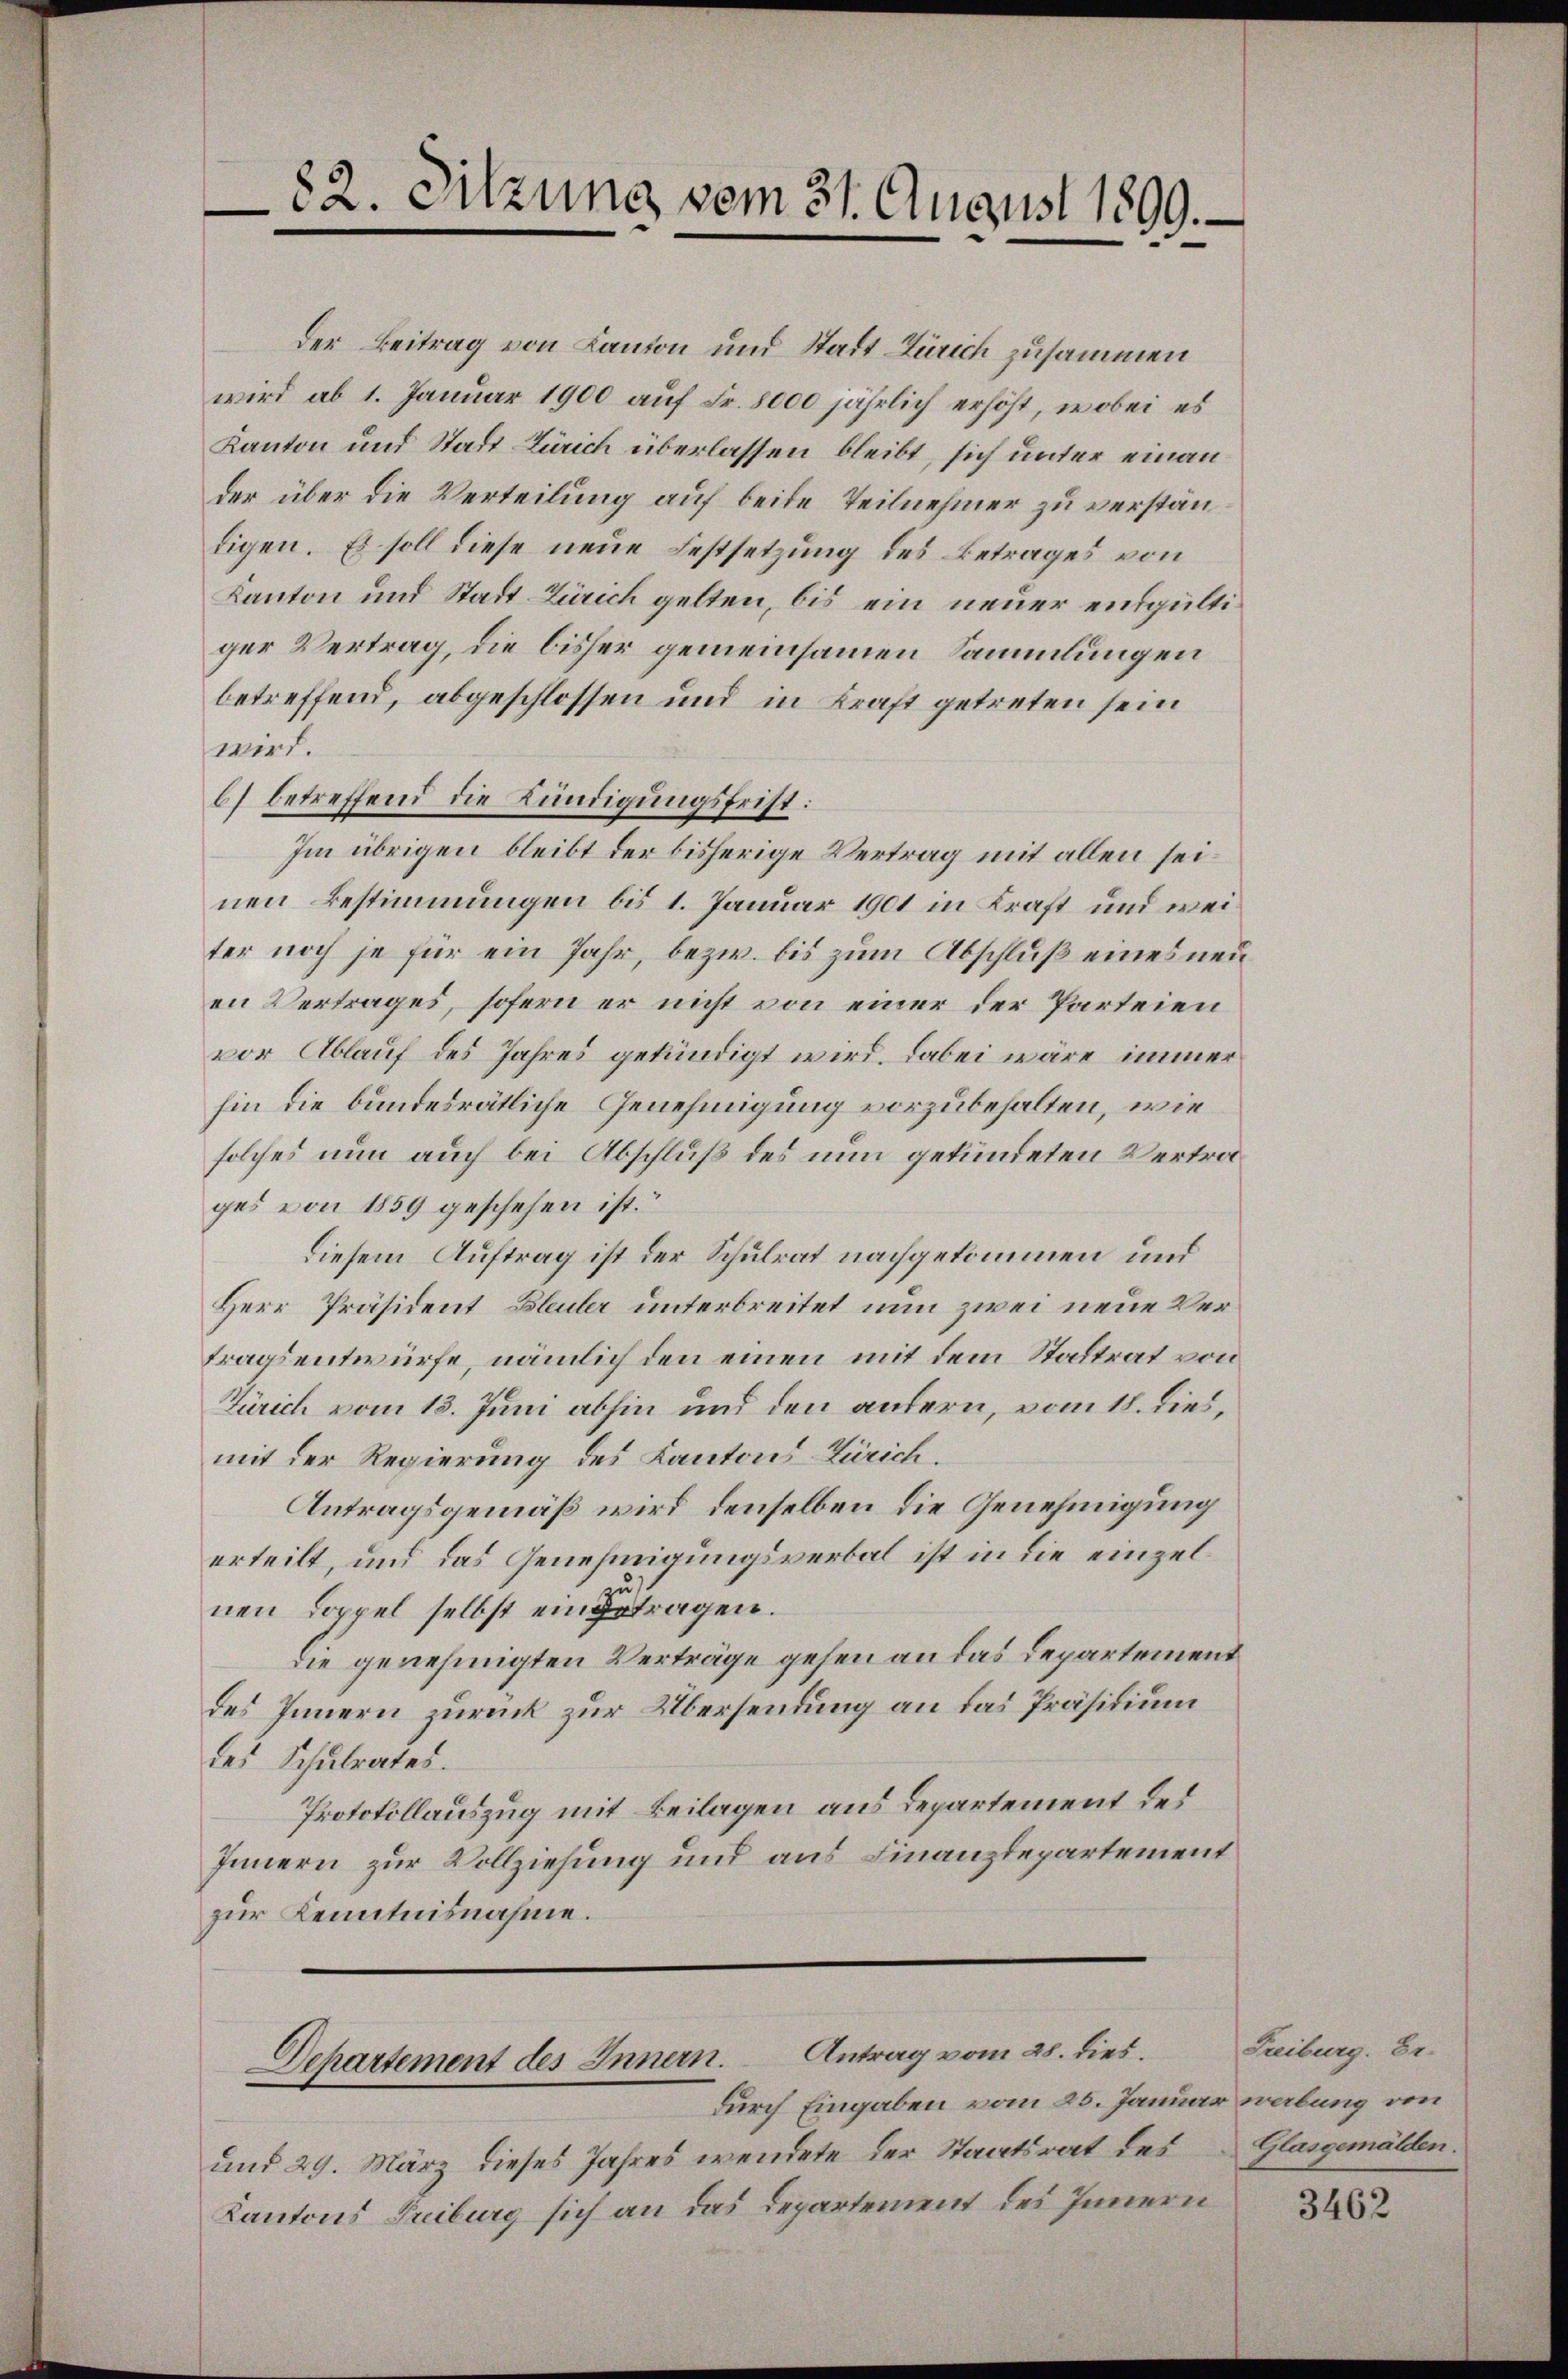
82. Sitzung vom 31. August 1899.

Der Beitrag von Kanton und Stadt Zürich zusammen
wird ab 1. Januar 1900 auf Fr. 8000 jährlich erhöht, wobei es
Kanton und Stadt Zürich überlassen bleibt, sich unter einan
der über die Verteilung auf beite Teilnehmer zu verstäntigen. Es soll diese neue Festsetzung des Betrages von
Kanton und Stadt Zürich gelten, bis ein neuer entgültiger Vertrag, die bisher gemeinsamen Sammlungen
betreffend, abgeschlossen und in Kraft getreten sein
wird.
b) betreffend die Kündigungsfrist:
Im übrigen bleibt der bisherige Vertrag mit allen seinen Bestimmungen bis 1. Januar 1901 in Kraft und weiter noch je für ein Jahr, bezw. bis zum Abschluß eines neu
en Vertrages, sofern er nicht von einer der Parteien
vor Ablauf des Jahres gekündigt wird. Dabei wäre immer
hin die bundesrätliche Genehmigung vorzubehalten, wie
solches nun auch bei Abschluß des nun gekündeten Vertrages von 1859 geschehen ist.“
Diesem Auftrag ist der Schulrat nachgekommen und
Herr Präsident Bleuler unterbreitet nun zwei neue Vertragsentwürfe, nämlich den einen mit dem Stadtrat von
Zürich vom 13. Juni abhin und den andern, vom 18. dies,
mit der Regierung des Kantons Zürich.
Antragsgemäß wird denselben die Genehmigung
erteilt, und das Genehmigungsverbal ist in die einzelnen Loppel selbst eingetragen.
die genehmigten Verträge gehen an das Departement
des Innern zurück zur Übersendung an das Präsidium
des Schulrates.
Protokollauszug mit Beilagen aus Departement des
Innern zur Vollziehung und aus Finanzdepartement
zur Kenntnisnahme.

Departement des Innern. Antrag vom 28. dies
durch Eingaben vom 25. Januar werbung von

und 29. März dieses Jahres wendete der Staatsrat des Glasgemälden.
Kantons Treiburg sich an das Departement des Innern

Freiburg. Dr.

3462